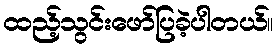
ထည့်သွင်းဖော်ပြခဲ့ပါတယ်။